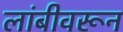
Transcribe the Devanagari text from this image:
लांबीवरून